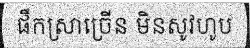
ផឹកស្រាច្រើន មិនសូវហូប